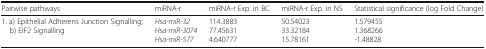
| Pairwise pathways | miRNA-r | miRNA-r Exp. in BC | miRNA-r Exp. in NS | Statistical significance (log Fold Change) |
 | --- | --- | --- | --- | --- |
 | 1. a) Epithelial Adherens Junction Signalling;b) EIF2 Signalling | Hsa-miR-32Hsa-miR-3074Hsa-miR-577 | 114.388377.456314.640777 | 50.5402333.3218415.78161 | 1.5794551.368266-1.48828 |